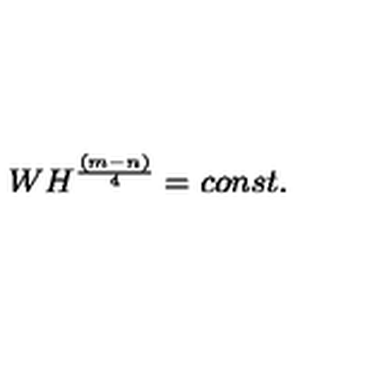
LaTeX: W H ^ { \frac { ( m - n ) } { 4 } } = c o n s t .